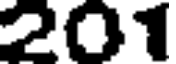
201